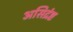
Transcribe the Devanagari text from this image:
असिद्रंष्ट